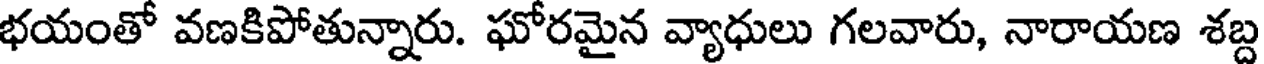
భయంతో వణకిపోతున్నారు. ఘోరమైన వ్యాధులు గలవారు, నారాయణ శబ్ద